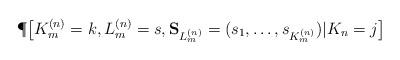
LaTeX: \begin{align*}\P\bigl[K_m^{(n)}=k, L_m^{(n)}=s,\mathbf{S}_{L_m^{(n)}}=(s_1,\ldots,s_{K_m^{(n)}}) | K_n=j\bigr]\end{align*}